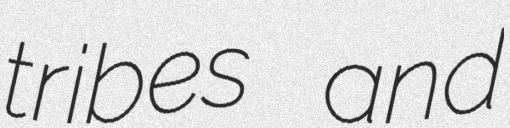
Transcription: tribes and